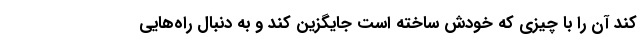
کند آن را با چیزی که خودش ساخته است جایگزین کند و به دنبال راه‌هایی